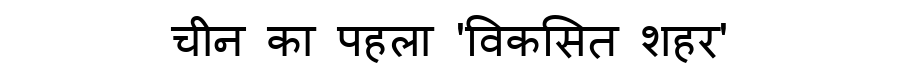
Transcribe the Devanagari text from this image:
चीन का पहला 'विकसित शहर'